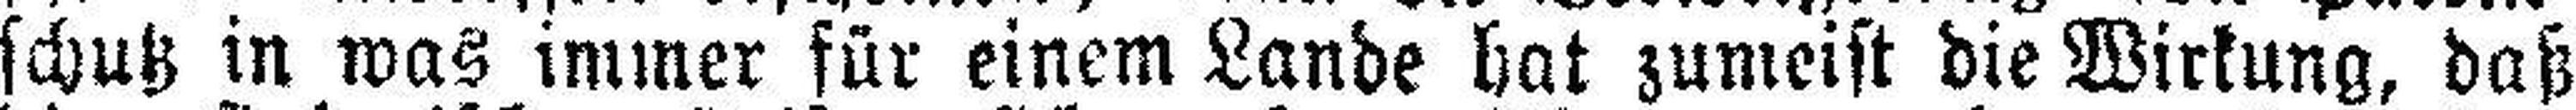
schutz in was immer für einem Lande hat zumeist die Wirkung, daß